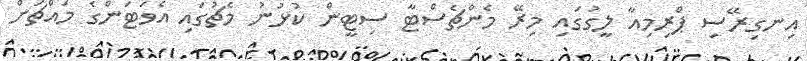
އިނގިރޭސި ޕްރިމިއާ ލީގުގައި މިރޭ މެންޗެސްޓާ ސިޓީން ކުޅުނު މެޗުގައި އެވަޓަންގެ މައްޗަށް